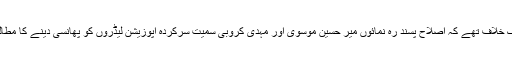
وہ اپوزیشن کے اس حد تک خلاف تھے کہ اصلاح پسند رہ نمائوں میر حسین موسوی اور مہدی کروبی سمیت سرکردہ اپوزیشن لیڈروں کو پھانسی دینے کا مطالبہ کرتے پائے گئے تھے۔